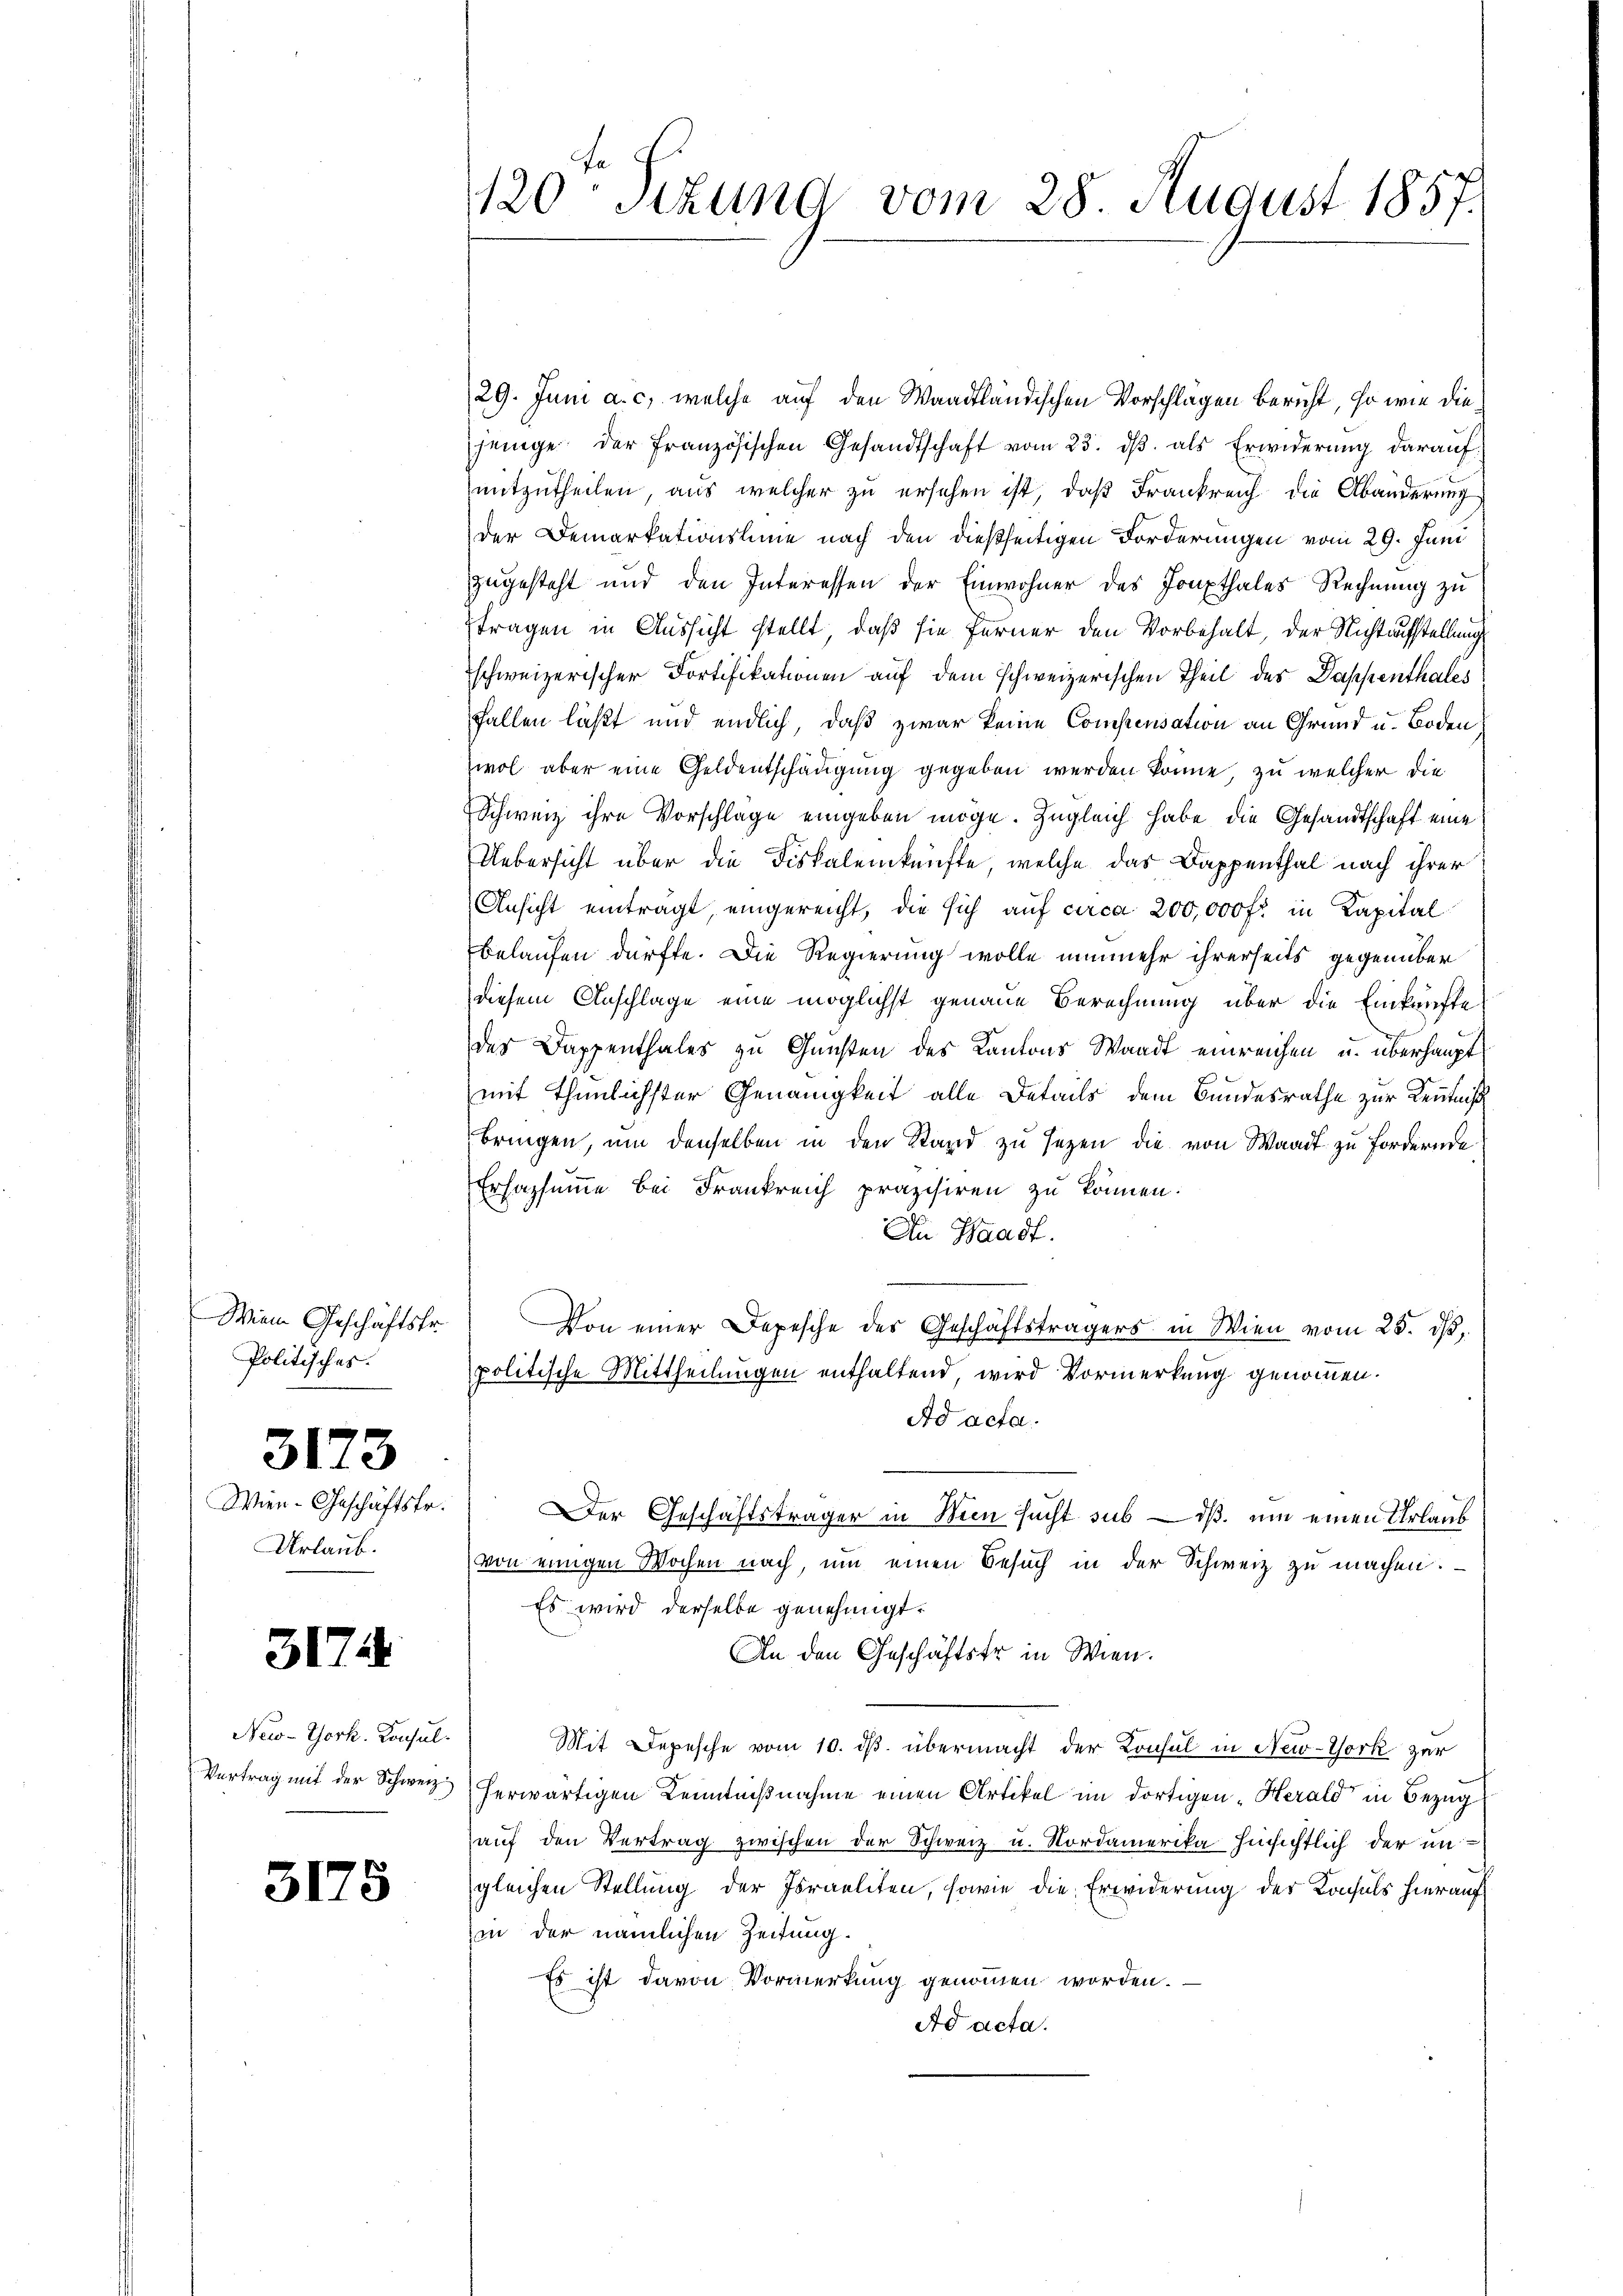
Wien Geschäftsfr.
Politisches.

3173

Wien Geschäftsfr.
Urlaub.

3174

New-York. Konsul¬

5175

120 Sizung vom 28 August 1857.

29. Juni a. c. welche auf den Waadtländischen Vorschlagen bericht, so wie diejenige der französischen Gesandtschaft vom 23. dβ als Erwiderŭng darauf
mitzutheilen, aus welcher zu ersehen ist, daß Frankreich die Abänderung
der Demarkationsline nach den dießseitigen Forderungen vom 29. Juni
zugesteht und den Interessen der Einwohner des Joupthales Rechnung zu
ftragen in Aussicht stellt, daß sie ferner den Vorbehalt, der Nichtaufstellung
schweizerischer Fortifikationen auf dem schweizerischen Theil des Dappenthales
Fallen läßt und endlich, daß zwar keine Compensation an Grund u. Boden
wol aber eine Geldentschädigung gegeben werden könne, zu welcher die
Schweiz ihre Vorschläge eingeben möge. Zugleich habe die Gesandtschaft eine
Uebersicht über die Fiskalenkünfte, welche das Dappenthal nach ihrer
Ansicht einträgt, eingereicht, die sich auf circa 200,000 fr. in Kapital
belaufen dürfte. Die Regierung wolle nunmehr ihrerseits gegenüber
diesem Anschlage eine möglichst genaue Berechnung über die Einkünfte
des Dappenthales zu Gunsten des Kantons Waadt einreichen u. überhaupt
mit thunlichster Genauigkeit alle Details dem Bundesrathe zur Kenntniß
bringen, um denselben in den Stand zu sezen die von Waadt zu fordernde
Erfassumme bei Frankreich präzisiren zu können.
An Waadt.
Von einer Depesche des Geschäftsträgers in Wien vom 25. d.
politische Mittheilungen enthaltend, wird Vormerkung genommen.
Ad acta.
Der Geschäftsträger in Mein sucht sub — daß um einen Urlaub
von einigen Wochen nach, um einen Besuch in der Schweiz zu machen.
Es wird derselbe genehmigt.
An den Geschäftstr in Wien.
Mit Depesche vom 10. ds. übermacht der Konsul in New-York zur
Vertrag mit der Schweiz herwärtigen Kenntnißnahme einen Artikel im dortigen „Herald in Bezug
auf den Vertrag zwischen der Schweiz u. Nordamerika hinsichtlich der ungleichen Stellung der Israeliten, sowie die Erwiderung des Konsuls hierauf
in der nämlichen Zeitung.
Es ist davon Vormerkung genommen worden.
Ad acta.